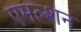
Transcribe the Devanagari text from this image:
एमल्शन